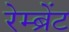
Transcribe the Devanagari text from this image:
रेम्ब्रेंट